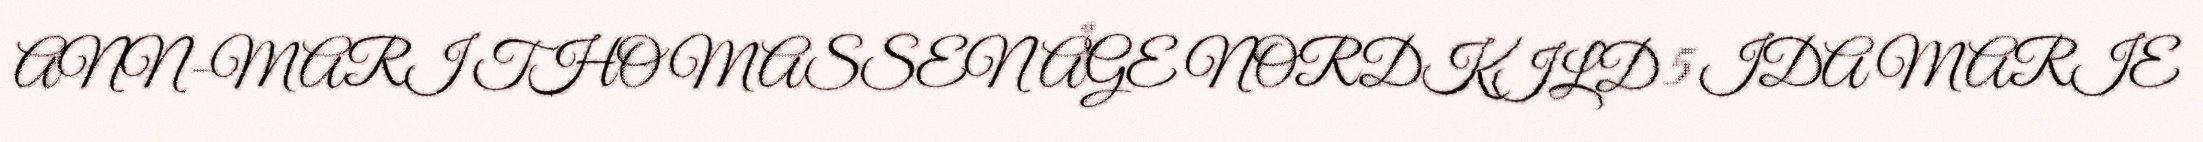
ANN-MARI THOMASSEN ÅGE NORDKILD 5 IDA MARIE